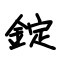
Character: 錠